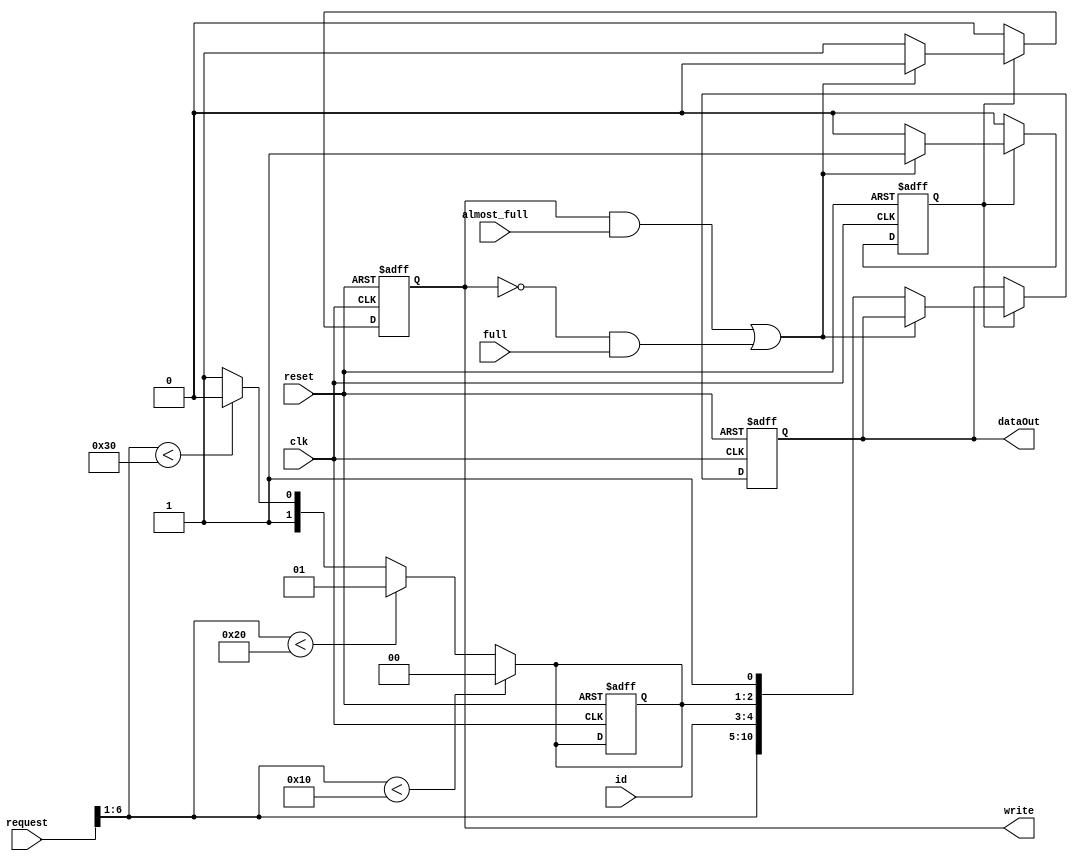
module requester   #(parameter WIDTH=11)
 (input clk, input reset, 
input full, input almost_full, 
input [1:0] id,
input [6:0] request,
output reg [WIDTH-1:0] dataOut, output reg write //To NoC
);

//Request Packet format:
//                      11-5         4-3                2-1          0
//                     Data       Src port        Dest Port       Valid
//                     6 bits        2bit             2 bits     1 bit
//                      regid
//                 
 

reg [1:0] dest; //0,1,2,3
reg [2:0] count;
reg valid;
//request 0~15, dest=0, 16~31, dest=1, 32~47, dest=2, 48~63 dest=3
//dest=request/16;
always@(*)begin
	valid=request[0]; //new request
	if(request[6:1]<16)begin
		dest=0;
	end
	else if(request[6:1]<32)begin
		dest=1;
	end
	else if(request[6:1]<48)begin
		dest=2;
	end
	else begin
		dest=3;
	end

end

always @(*)begin
	
end

always @(posedge clk or posedge reset) begin
	if (reset) begin
		dataOut <=0;
		write <=0;
		dest <=0;
		valid<=0;	
	end
	else if(valid) begin  
		if ((write & almost_full)|(~write & full)) begin
			write <=1'b0;
		end
		else begin //issue a request
			write <=1'b1;
			dataOut<={request[6:1],id,dest,valid};
			valid<=0; //send out, cancel request
		end
	end
	else begin  //not valid
		write <=1'b0;
	end
end

endmodule